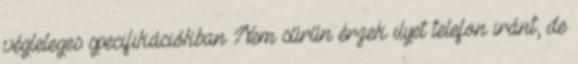
végleleges specifikációkban Nem sűrűn érzek ilyet telefon iránt, de